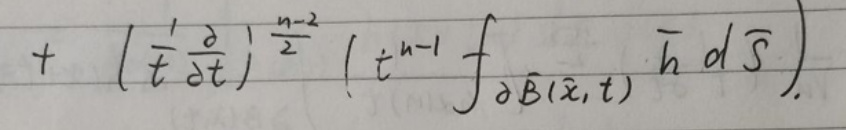
\[
+ \left(\bar{t} \frac{\partial}{\partial \bar{t}}\right)^{\frac{n - 2}{2}} \left(\bar{t}^{n - 1} \int_{\partial \bar{B}(\bar{x}, \bar{t})} \bar{h} \, d\bar{S}\right)
\]